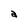
Character: a